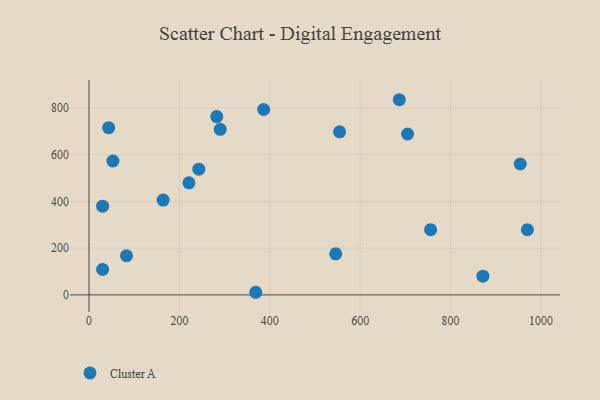
{"axis": {"x": "Speed", "y": "Fuel Efficiency"}, "legend": ["Cluster A"], "data": [{"x": "163.9", "y": 406.3, "type": "Cluster A"}, {"x": "545.8", "y": 175.7, "type": "Cluster A"}, {"x": "221.0", "y": 480.0, "type": "Cluster A"}, {"x": "43.5", "y": 716.3, "type": "Cluster A"}, {"x": "954.0", "y": 560.6, "type": "Cluster A"}, {"x": "290.3", "y": 709.0, "type": "Cluster A"}, {"x": "755.7", "y": 279.5, "type": "Cluster A"}, {"x": "30.1", "y": 379.8, "type": "Cluster A"}, {"x": "871.4", "y": 80.3, "type": "Cluster A"}, {"x": "969.8", "y": 279.2, "type": "Cluster A"}, {"x": "52.8", "y": 573.5, "type": "Cluster A"}, {"x": "554.3", "y": 698.3, "type": "Cluster A"}, {"x": "386.4", "y": 794.1, "type": "Cluster A"}, {"x": "82.9", "y": 167.7, "type": "Cluster A"}, {"x": "242.9", "y": 538.4, "type": "Cluster A"}, {"x": "686.4", "y": 835.9, "type": "Cluster A"}, {"x": "704.8", "y": 689.2, "type": "Cluster A"}, {"x": "368.9", "y": 11.2, "type": "Cluster A"}, {"x": "282.6", "y": 763.7, "type": "Cluster A"}, {"x": "30.1", "y": 109.1, "type": "Cluster A"}]}